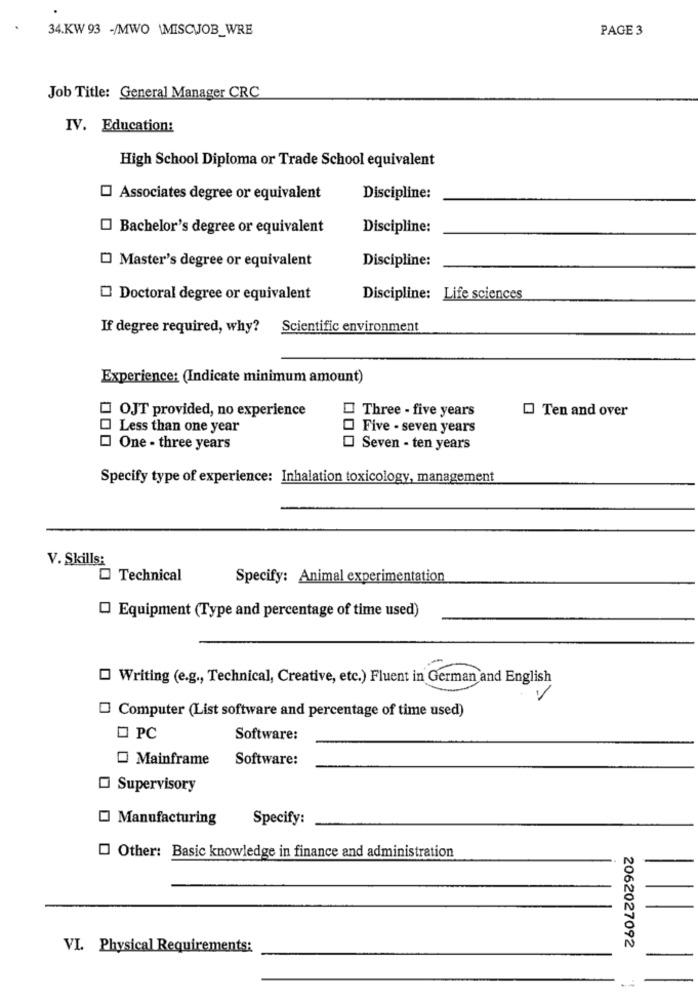
34.KW 93 -/MWO \MISCJOB_WRE
PAGE 3
Job Title: General Manager CRC
IV. Education:
High School Diploma or Trade School equivalent
Associates degree or equivalent
Discipline:
Bachelor's degree or equivalent
Discipline:
Discipline:
[] Master's degree or equivalent
Doctoral degree or equivalent
Discipline: Life sciences
If degree required, why? Scientific environment
Experience: (Indicate minimum amount)
OJT provided, no experience
Three - five years
Ten and over
Less than one year
Five - seven years
One - three years
Seven - ten years
Specify type of experience: Inhalation toxicology, management
V. Skills:
Technical
Specify: Animal experimentation
Equipment (Type and percentage of time used)
Writing (e.g ., Technical, Creative, etc.) Fluent in German and English
Computer (List software and percentage of time used)
PC
Software:
Mainframe
Software:
Supervisory
Manufacturing
Specify:
Other: Basic knowledge in finance and administration
VI. Physical Requirements:
2062027092